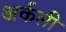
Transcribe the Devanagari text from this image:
अर्कली